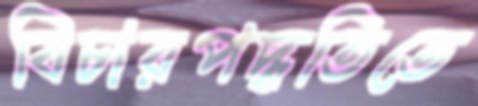
বিচারপদ্ধতিতে